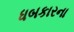
ધબકારના